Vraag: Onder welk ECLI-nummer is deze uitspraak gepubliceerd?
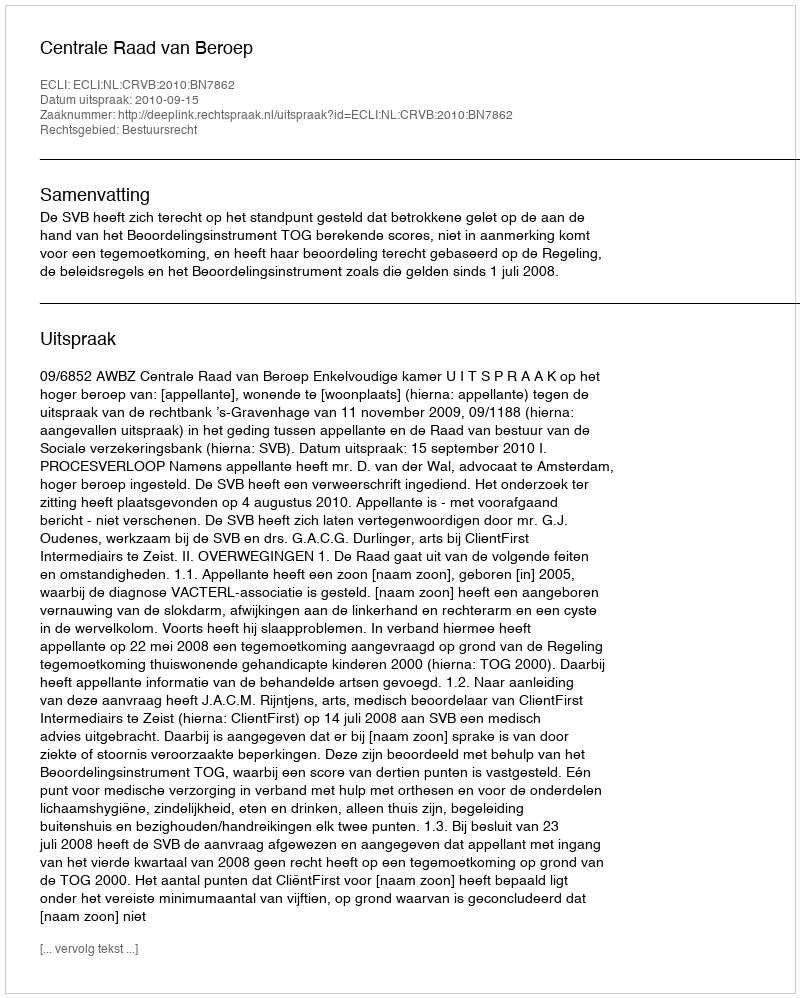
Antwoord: ECLI:NL:CRVB:2010:BN7862